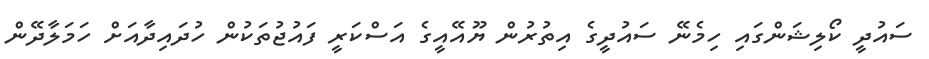
ސައުދީ ކޯލިޝަންގައި ހިމެނޭ ސައުދީގެ އިތުރުން ޔޫއޭއީގެ އަސްކަރީ ފައުޖުތަކުން ހުދައިދާއަށް ހަމަލާދޭން